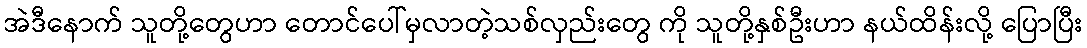
အဲဒီနောက် သူတို့တွေဟာ တောင်ပေါ်မှလာတဲ့သစ်လှည်းတွေ ကို သူတို့နှစ်ဦးဟာ နယ်ထိန်းလို့ ပြောပြီး